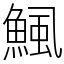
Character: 鯴